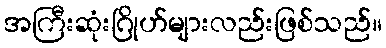
အကြီးဆုံးဂြိုဟ်များလည်းဖြစ်သည်။